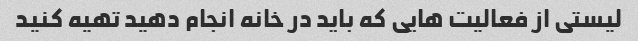
لیستی از فعالیت هایی که باید در خانه انجام دهید تهیه کنید